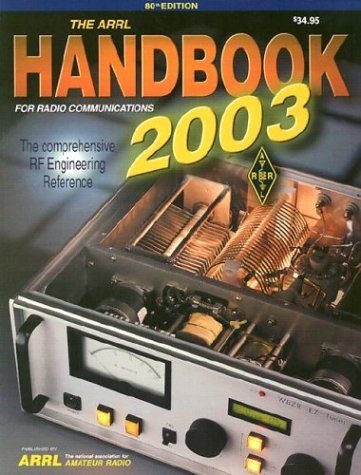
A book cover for The ARRL Handbook for Radio Communications 2003; Editor Dana George Reed; Humor & Entertainment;